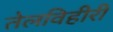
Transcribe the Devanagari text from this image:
तेलविहीरी